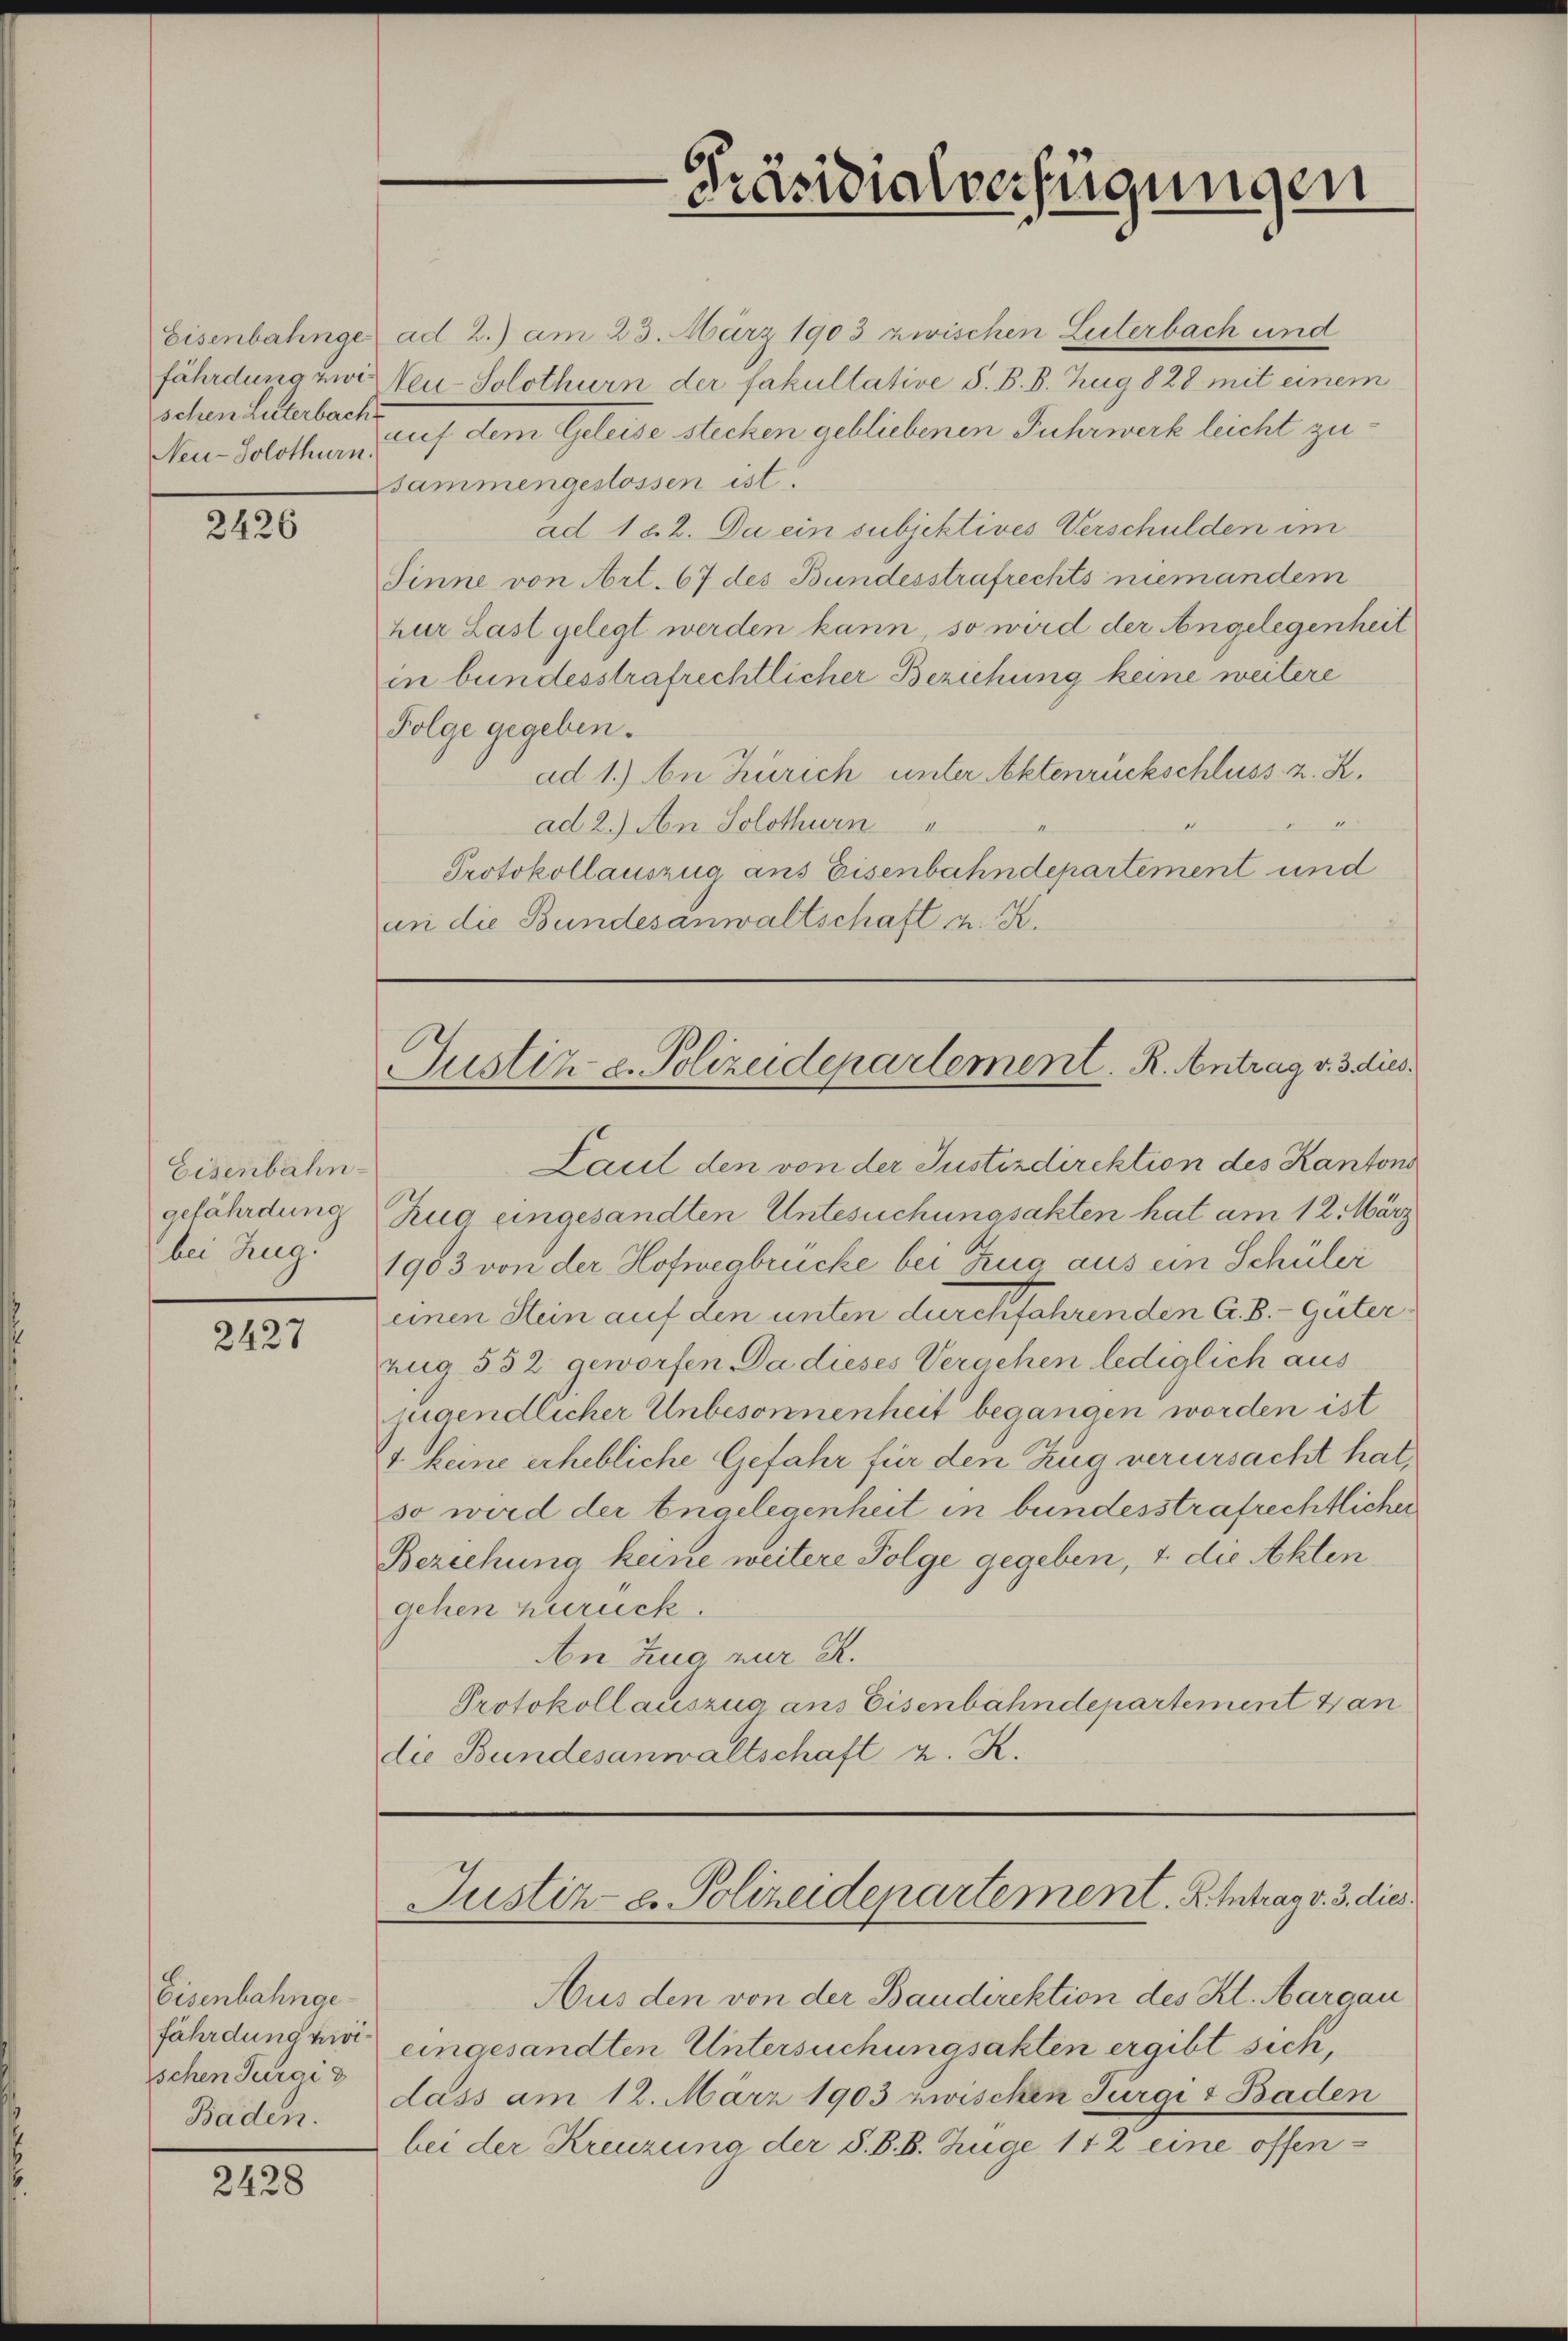
Neu-Solothurn.

2426

Eisenbahngefährdung
bei Zug.

2427

Eisenbahngefährdung zivischen Jura d
Baden.

2428

Präsidialverfügungen

Eisenbahnge ad 2.) am 23. März 1903 zwischen Leiterbach und
fährdung zwis Neu-Solothurn der fakultative S. B. B. Zug 828 mit einem
Eschen hellerbache dem Geleise stecken gebliebenen Fuhrwerk leicht zusammengestossen ist.
ad 182. Da ein subjektives Verschulden im
Sinne von Art. 67 des Bundesstrafrechts niemandem
zur Last gelegt werden kann, so wird der Angelegenheit
in bundesstrafrechtlicher Beziehung keine weitere
Folge gegeben.
ad 1.) An Zürich unter Aktenrückschluss z. K.
ad 2.) An Solothurn
Protokollauszug aus Eisenbahndepartement und
an die Bundesanwaltschaft u. K.

Justiz u. Polizeidepartement. R. Antrag v. 3. dies

Laut den von der Justizdirektion des Kantons
Zug eingesandten Untesuchungsakten hat am 12. März
1903 von der Hofwegbrücke bei Zug aus ein Schüler
einen Stein auf den unten durchfährenden A. B.-Güterzug 532 geworfen Da dieses Verschen lediglich aus
jugendlicher Unbesonnenheit begangen worden ist
4 keine erhebliche Gefahr für den Zug verursacht hat,
so wird der Engelegenheit in bundesstrafrechtlicher
Beziehung keine weitere Folge gegeben, 4. die Aktengehen zurück.
An Zug zur R.
Protokollauszua ans Eisenbahndepartement Han
die Bundesanwaltschaft z. K.

Aus den von der Baudirektion des Kl. Aargau
eingesandten Untersuchungsakten ergibt sich,
dass am 12. März 1903 zwischen Jürgi & Baden
bei der Kreuzung der S. B. B. Zuge 172 eine offen¬

Justiz- u. Polizeidepartement. A. Intrag v. 3. dies